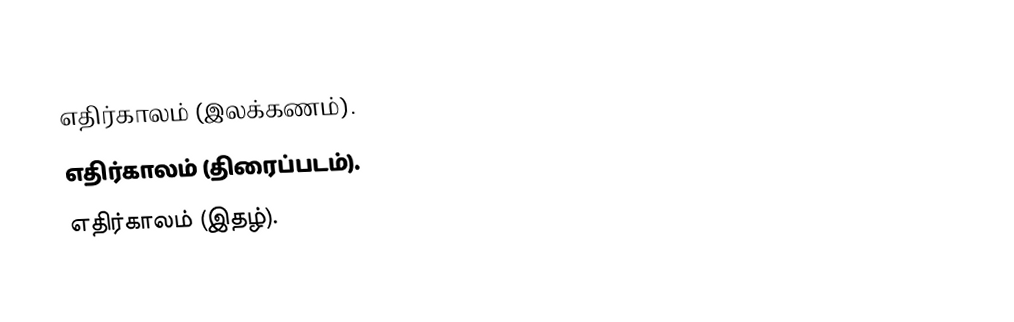
எதிர்காலம் (இலக்கணம்).
 எதிர்காலம் (திரைப்படம்).
 எதிர்காலம் (இதழ்).